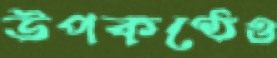
উপকণ্ঠেও